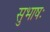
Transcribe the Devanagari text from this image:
सुभाषः